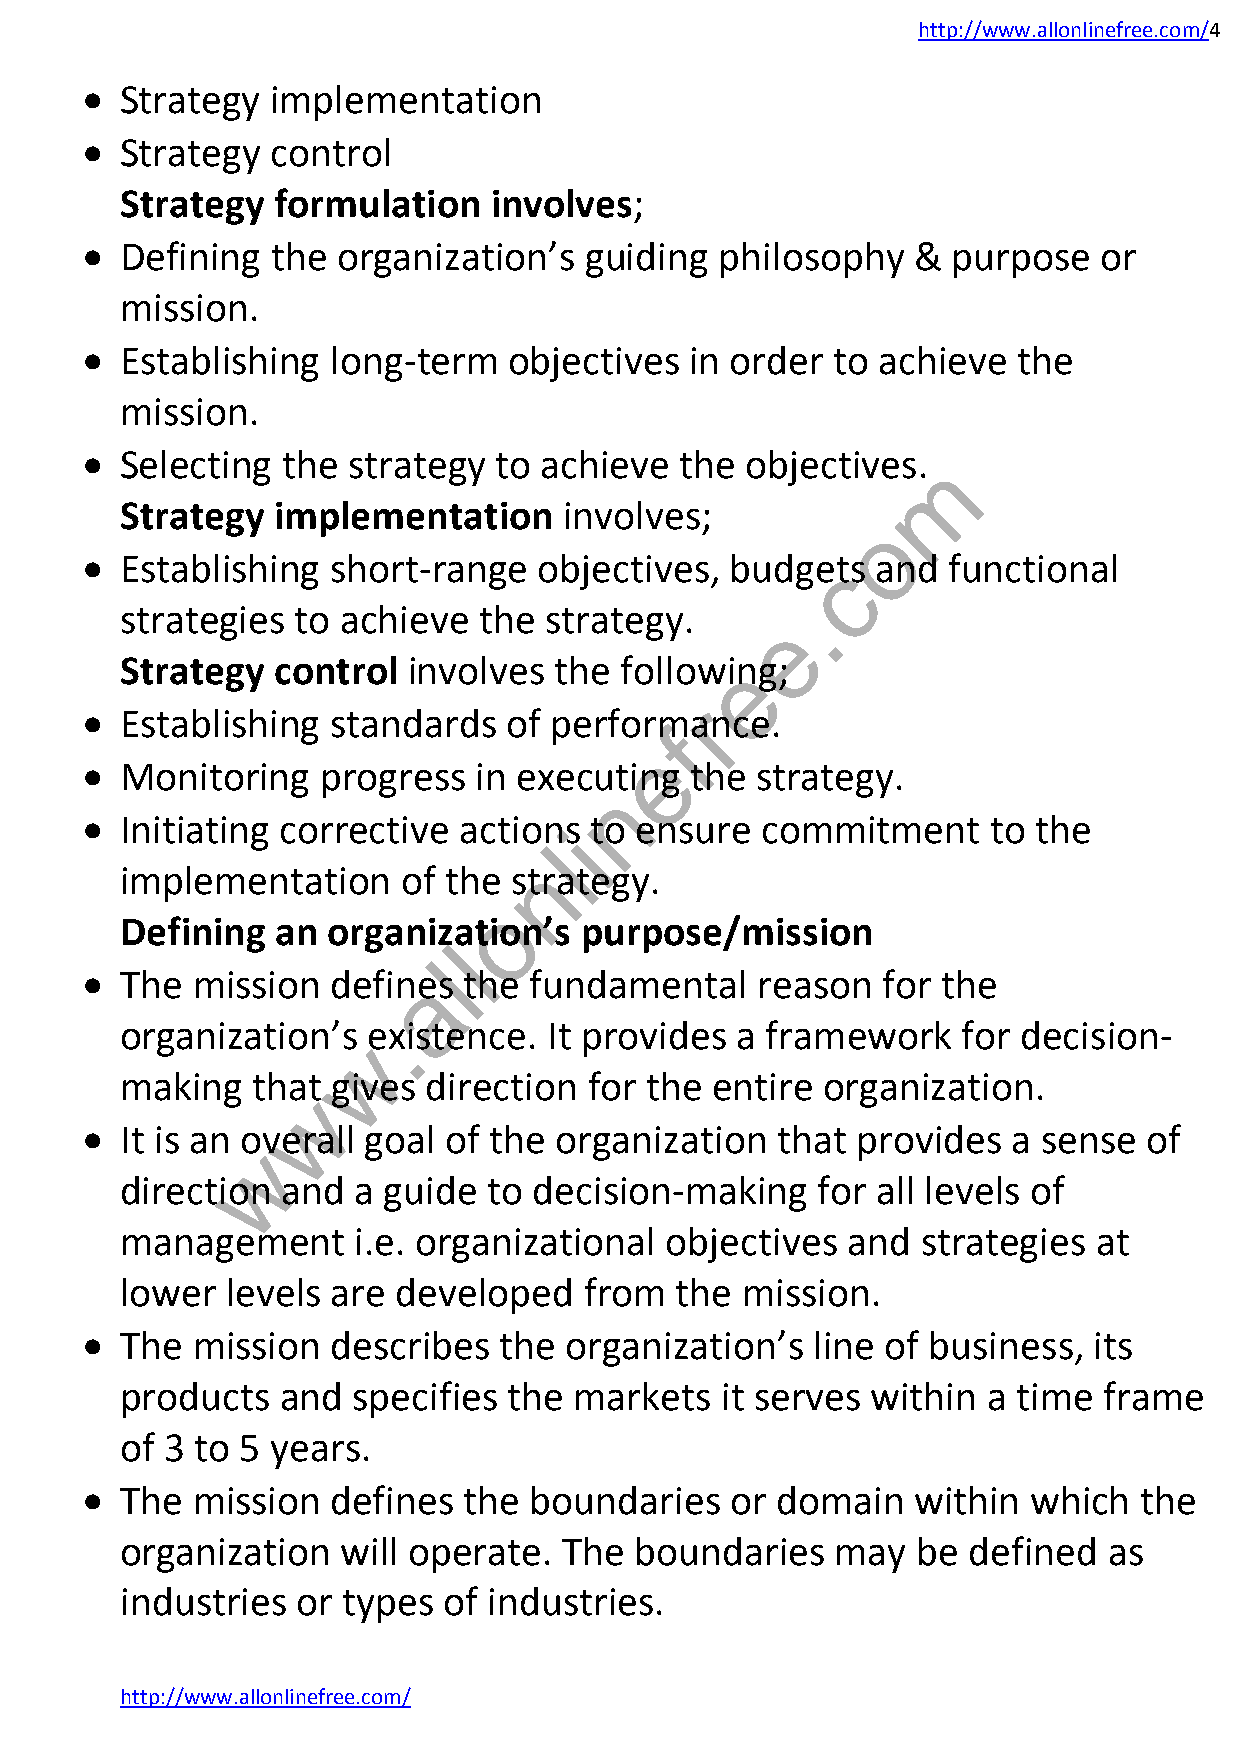
http://www.allonlinefree.com/4
   Strategy  implementation
   Strategy  control
 Strategy  formulation   involves;
   Defining  the organization’s   guiding  philosophy  &  purpose   or
 mission.
   Establishing  long-term   objectives  in order to achieve  the
 mission.
   Selecting  the strategy  to achieve  the objectives.  m
 Strategy  implementation     involves;
 o
   Establishing  short-range   objectives, budgects  and  functional
 .
 strategies  to achieve  the strategy.
 e
 Strategy  control  involves  the followieng;
 r
   Establishing  standards   of performance.
 f
 e
   Monitoring   progress  in executing   the strategy.
 n
   Initiating corrective actions  to ensure  commitment      to the
 i
 l
 n
 implementation     of the strategy.
 o
 Defining  an  organization’s  purpose/mission
 l
 l
   The  mission  definaes the fundamental    reason  for the
 .
 organization’s  existence.  It provides  a framework    for decision-
 w
 making   that gives direction  for the entire  organization.
 w
   It is an overall goal of the organization  that  provides  a sense  of
 w
 direction  and a guide  to decision-making    for all levels of
 management      i.e. organizational objectives  and  strategies  at
 lower  levels are developed    from  the mission.
   The  mission  describes  the organization’s   line of business, its
 products   and specifies  the markets   it serves within a time  frame
 of 3 to 5 years.
   The  mission  defines  the boundaries   or domain    within which  the
 organization   will operate. The  boundaries   may   be defined  as
 industries  or types of industries.
 http://www.allonlinefree.com/